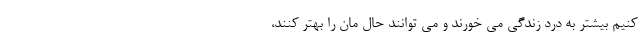
کنیم بیشتر به درد زندگی می خورند و می توانند حال مان را بهتر کنند،